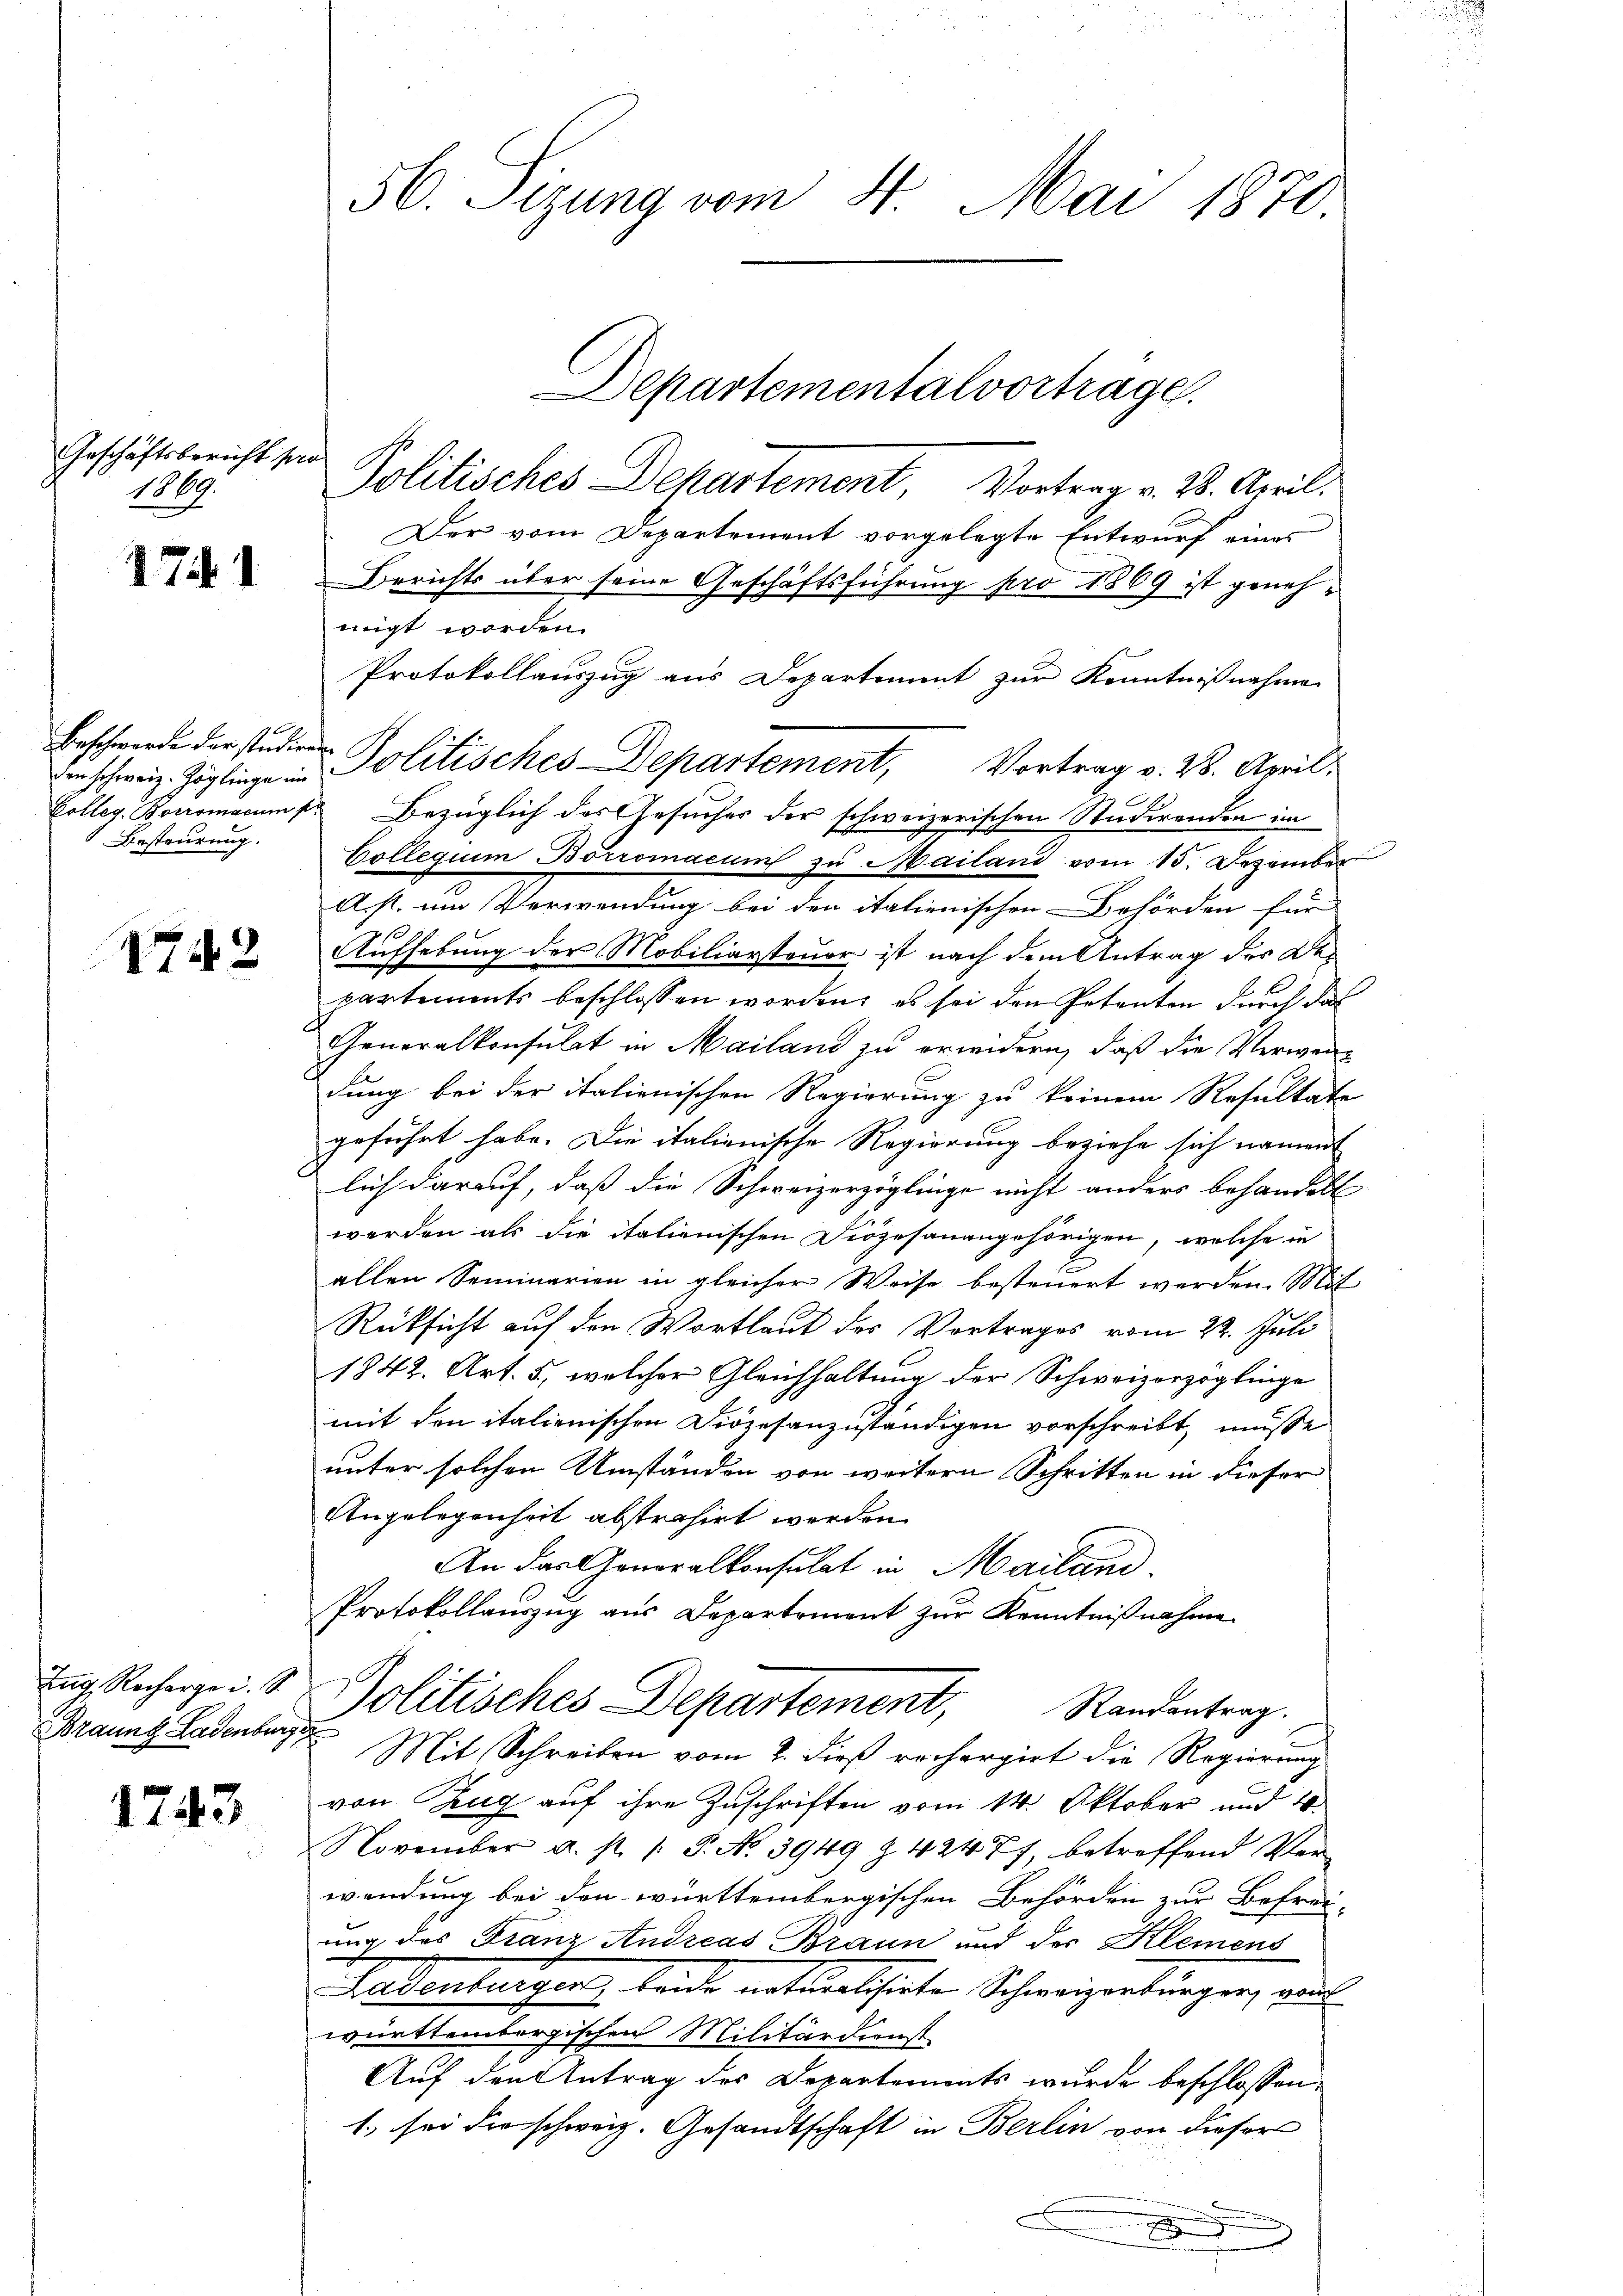
Geschäftsbericht per
1889.

1741

Beschwerde der studieren
Besteurung.

1742

Zug Recharge i. S.
Braung Ladenburg

1743

56. Seizung vom 4. Mai 1870.
Departementalvortrage.
Politisches Departement, Vortrag v. 28. April.

Der vom Departement vorgelegte Entwurf eines
Berichts über seine Geschäftsführung pro 1869 ist genehmigt worden.
Protokollauszug aus Departement zur Kenntnißnahme
Collegium Borromacum zu Mailand vom 15. Dezember
Ast um Verwendung bei den italienischen Behörden für
Aufhebung der Mobiliarsteuer ist nach dem Antrag des Departements beschlossen worden; es sei den Petenten durch das
Generalkonsulat in Mailand zu erwidern, daß die Verwen-
dung bei der italienischen Regierung zu keinem Resultate
geführt habe. Die italienische Regierung beziehe sich nament
lich darauf, daß die Schweizerzöglinge nicht anders behandelt
werden als die italienischen Diözesanangehörigen, welche in
allen Seminarien in gleicher Weise besteuert werden. Mit
Rücksicht auf den Wortlaut des Vortrages vom 22. Juli
1842. Art. 5, welcher Gleichhaltung der Schweizerzöglinge
mit den italienischen Diözesanzuständigen vorschreibt, müsse
unter solchen Umständen von weitern Schritten in dieser
Angelegenheit abstrahirt werden.
An das Generalkonsulat in Mailand
Protokollauszug aus Departement zŭr Kenntniβnahme
Politisches Departement, Randentrag.
Mit Schreiben vom 2. dieß rechergirt die Regierung
von Zug auf ihre Zuschriften vom 14. Oktober und 10
November u. st. P. No. 3949 Z 42477, betreffend Verwendung bei den württembergischen Behörden zur Befrei-
ung des Franz Andreas Braun und der Klemens
Tatentausen, leide notwelcherte Schweizertungen, au
württembergischen Militärdienst
Auf den Antrag des Departements wurde beschlossen:
1. sei die schweiz. Gesandtschaft in Berlin von dieser
.

schweiz. Zöglinge in Politisches-Departement, Vortrag v. 28. April.
Colleg. Boromacum pr Bezüglich des Gesuches der schweizerischen Studirenden im

u
8 x 2 x 54

1